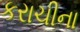
કરાચીના